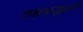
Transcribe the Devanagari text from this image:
नक्षत्राद्धरते